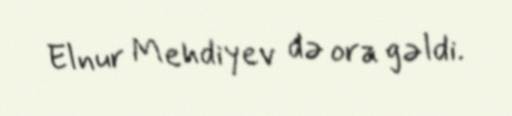
Elnur Mehdiyev də ora gəldi.